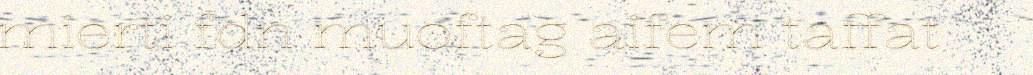
mierti fdn muoftag aifem taffat